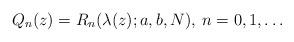
LaTeX: \begin{align*}Q_n(z) = R_n(\lambda(z);a,b,N),\>n=0,1,\ldots\end{align*}